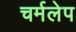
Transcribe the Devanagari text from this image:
चर्मलेप